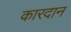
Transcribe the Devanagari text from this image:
कारदान